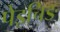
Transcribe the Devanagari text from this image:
पेइचिङ